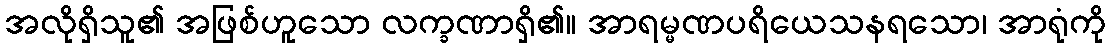
အလိုရှိသူ၏ အဖြစ်ဟူသော လက္ခဏာရှိ၏။ အာရမ္မဏပရိယေသနရသော၊ အာရုံကို